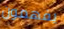
يفهمون